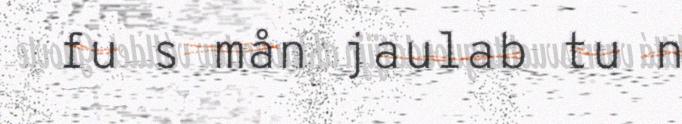
fu s mån jaulab tu n